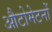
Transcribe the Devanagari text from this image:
औटोमेटनों